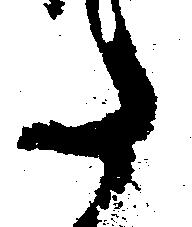
た